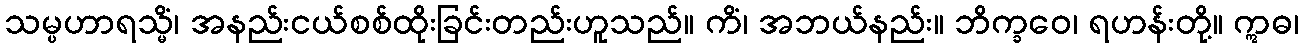
သမ္ပဟာရသ္မိံ၊ အနည်းငယ်စစ်ထိုးခြင်းတည်းဟူသည်။ ကိံ၊ အဘယ်နည်း။ ဘိက္ခဝေ၊ ရဟန်းတို့။ ဣဓ၊